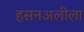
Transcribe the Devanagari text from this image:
हसनअलीला